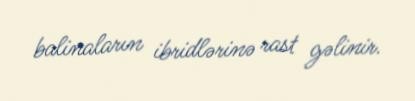
balinaların ibridlərinə rast gəlinir.